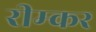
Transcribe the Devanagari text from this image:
रीम्कर